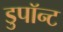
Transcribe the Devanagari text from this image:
डुपॉन्ट